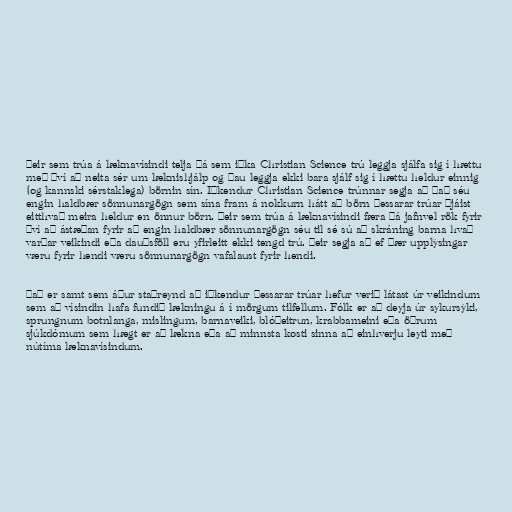
Þeir sem trúa á læknavísindi telja þá sem iðka Christian Science trú leggja sjálfa sig í hættu
með því að neita sér um læknishjálp og þau leggja ekki bara sjálf sig í hættu heldur einnig
(og kannski sérstaklega) börnin sín. Iðkendur Christian Science trúnnar segja að það séu
engin haldbær sönnunargögn sem sína fram á nokkurn hátt að börn þessarar trúar þjáist
eitthvað meira heldur en önnur börn. Þeir sem trúa á læknavísindi færa þá jafnvel rök fyrir
því að ástæðan fyrir að engin haldbær sönnunargögn séu til sé sú að skráning barna hvað
varðar veikindi eða dauðsföll eru yfirleitt ekki tengd trú. Þeir segja að ef þær upplýsingar
væru fyrir hendi væru sönnunargögn vafalaust fyrir hendi.

Það er samt sem áður staðreynd að iðkendur þessarar trúar hefur verið látast úr veikindum
sem að vísindin hafa fundið lækningu á í mörgum tilfellum. Fólk er að deyja úr sykursýki,
sprungnum botnlanga, mislingum, barnaveiki, blóðeitrun, krabbameini eða öðrum
sjúkdómum sem hægt er að lækna eða að minnsta kosti sinna að einhverju leyti með
nútíma læknavísindum.